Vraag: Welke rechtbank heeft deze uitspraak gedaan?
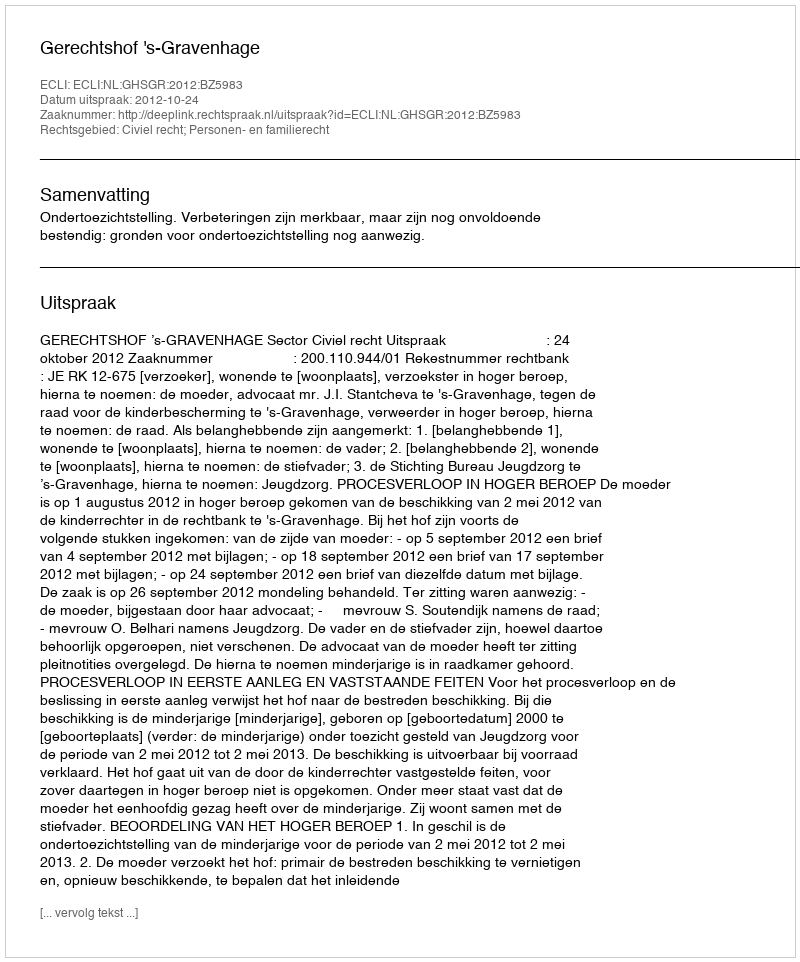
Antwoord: Gerechtshof 's-Gravenhage